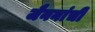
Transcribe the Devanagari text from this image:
जैननांची